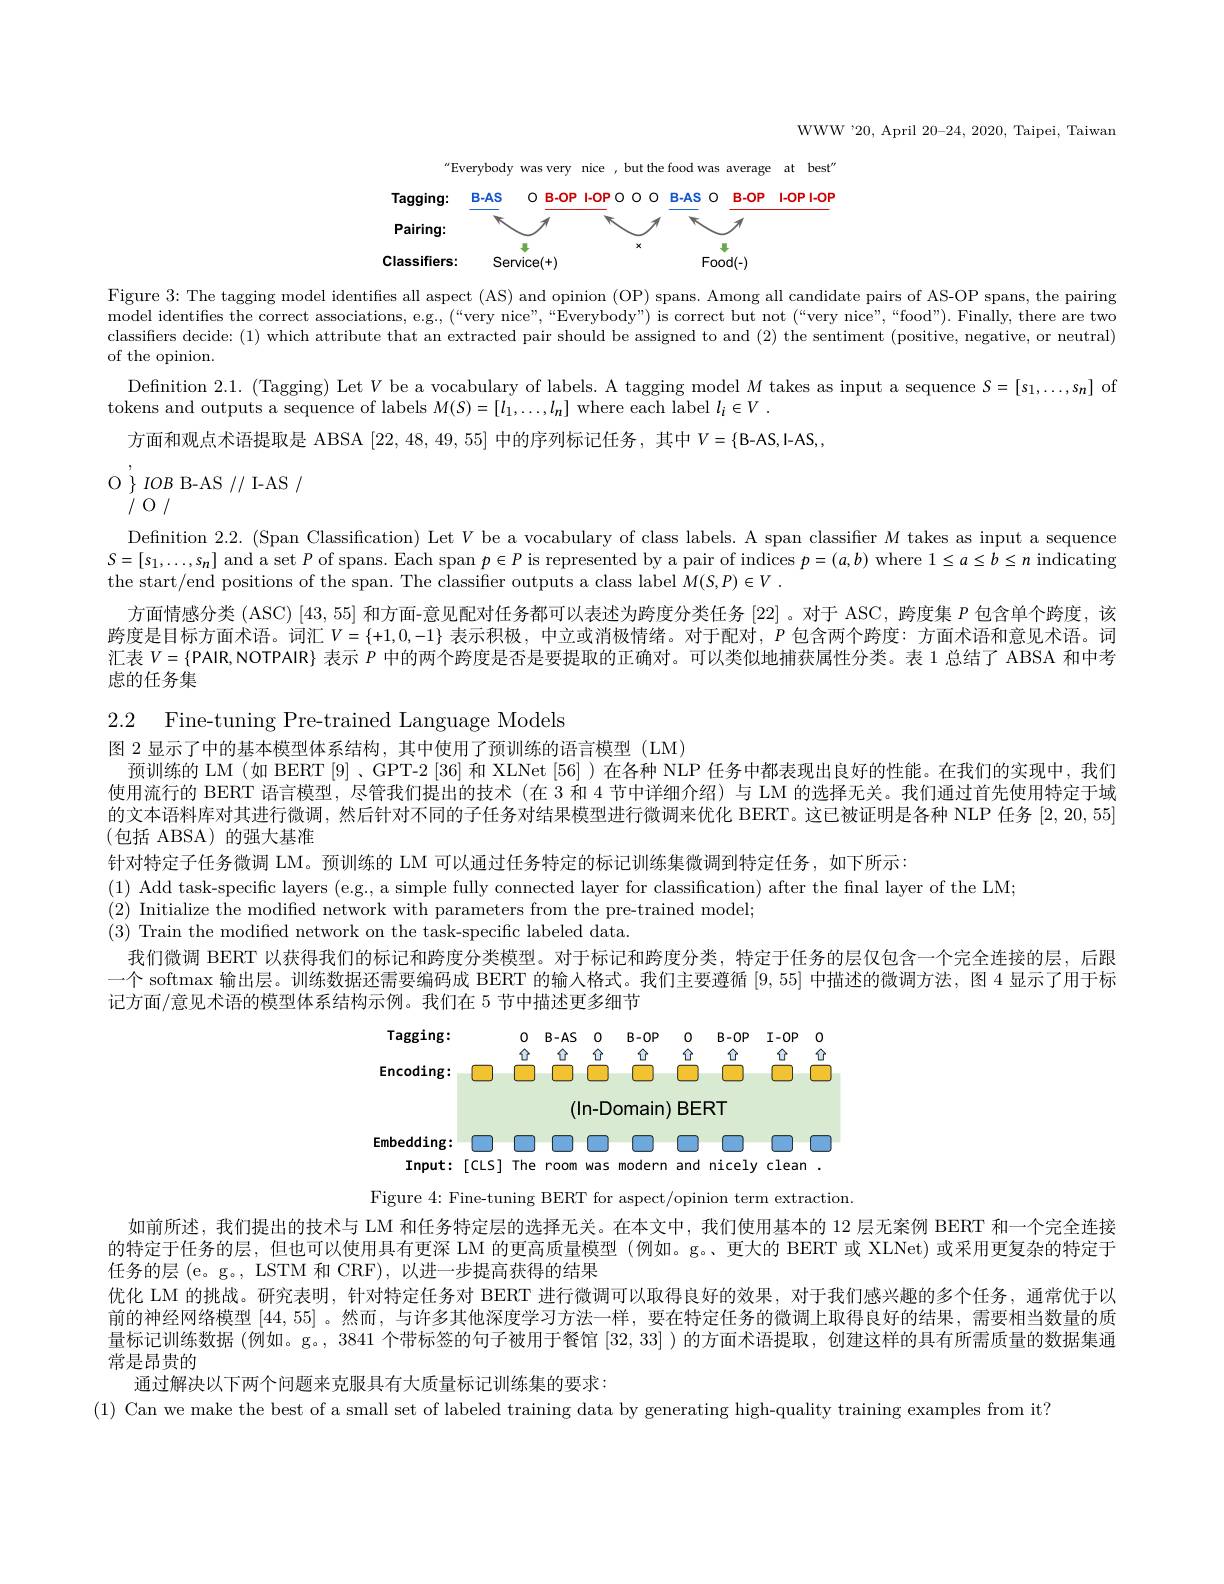
WWW'20, April 20-24, 2020, Taipei, Taiwan

<FigureHere>

Figure $3{:\text{The tagging model identifes all aspect (AS) and opinion (OP) spans. Among all candidate pairs of AS-OP spans, the pairing}}$ model identifies the correct associations, e.g, (“very nice”,“Everybody”) is correct but not (“very nice",“food”). Finally, there are two classifiers decide:(1) which attribute that an extracted pair should be assigned to and (2) the sentiment (positive, negative, or neutral) of the opinion.
Definition 2.1. (Tagging) Let $V$ be a vocabulary of labels. A tagging model $M$ takes as input a sequence $S=[s_1,\ldots,s_n]$ of
tokens and outputs a sequence of labels $M(S)=[l_1,\ldots,l_n]$ where each label $l_i\in V.$
方面和观点术语提取是 ABSA [22,48,49,55]中的序列标记任务，其中$V=\{$B-AS,I-AS,,

$\mathrm{O}^{\prime}\}IOB$B-AS//I-AS/

/0/

Definition 2.2. (Span Classification) Let $V$ be a vocabulary of class labels. A span classifier $M$ takes as input a sequence $S=[s_1,\ldots,s_n]$ and a set $P$ of spans. Each span $p\in P$ is represented by a pair of indices $p=(a,b)$ where $1\leq a\leq b\leq n$ indicating the start/end positions of the span. The classifier outputs a class label $M( S, P) \in V$ .
方面情感分类 (ASC) [43, 55] 和方面-意见配对任务都可以表述为跨度分类任务 [22] 。对于 ASC, 跨度集$P$包含单个跨度，该跨度是目标方面术语。词汇$V=\{+1,0,-1\}$表示积极，中立或消极情绪。对于配对$,P$包含两个跨度：方面术语和意见术语。词汇表$V=\{$PAIR,NOTPAIR} 表示$P$中的两个跨度是否是要提取的正确对。可以类似地捕获属性分类。表 1 总结了 ABSA 和中考虑的任务集

2.2 Fine-tuning Pre-trained Language Models
图 2 显示了中的基本模型体系结构，其中使用了预训练的语言模型(LM)
预训练的 LM (如 BERT [9]、GPT-2 [36] 和 XLNet [56] )在各种 NLP 任务中都表现出良好的性能。在我们的实现中，我们使用流行的 BERT 语言模型，尽管我们提出的技术 (在 3 和 4 节中详细介绍) 与 LM 的选择无关。我们通过首先使用特定于域的文本语料库对其进行微调，然后针对不同的子任务对结果模型进行微调来优化 BERT。这已被证明是各种 NLP 任务[2,20,55] (包括 ABSA)的强大基准
针对特定子任务微调 LM。预训练的 LM 可以通过任务特定的标记训练集微调到特定任务，如下所示：
(1) Add task-specific layers (e.g., a simple fully connected layer for classification) after the final layer of the LM;
(2) Initialize the modifed network with parameters from the pre-trained model;
(3) Train the modifed network on the task-specific labeled data.
我们微调 BERT 以获得我们的标记和跨度分类模型。对于标记和跨度分类，特定于任务的层仅包含一个完全连接的层，后跟一个 softmax 输出层。训练数据还需要编码成 BERT 的输人格式。我们主要遵循[9,55]中描述的微调方法，图 4 显示了用于标记方面/意见术语的模型体系结构示例。我们在 5 节中描述更多细节

<FigureHere>

Figure 4: Fine-tuning BERT for aspect/opinion term extraction.
如前所述，我们提出的技术与 LM 和任务特定层的选择无关。在本文中，我们使用基本的 12 层无案例 BERT 和一个完全连接的特定于任务的层，但也可以使用具有更深 LM 的更高质量模型 (例如。g。、更大的 BERT 或 XLNet) 或采用更复杂的特定于任务的层(e。g。, LSTM 和 CRF), 以进一步提高获得的结果
优化 LM 的挑战。研究表明，针对特定任务对 BERT 进行微调可以取得良好的效果，对于我们感兴趣的多个任务，通常优于以前的神经网络模型[44,55] 。然而 ,与许多其他深度学习方法一样，要在特定任务的微调上取得良好的结果，需要相当数量的质量标记训练数据(例如。g。,3841 个带标签的句子被用于餐馆[32,33] )的方面术语提取，创建这样的具有所需质量的数据集通常是昂贵的
通过解决以下两个问题来克服具有大质量标记训练集的要求：
(1) Can we make the best of a small set of labeled training data by generating high-quality training examples from it?